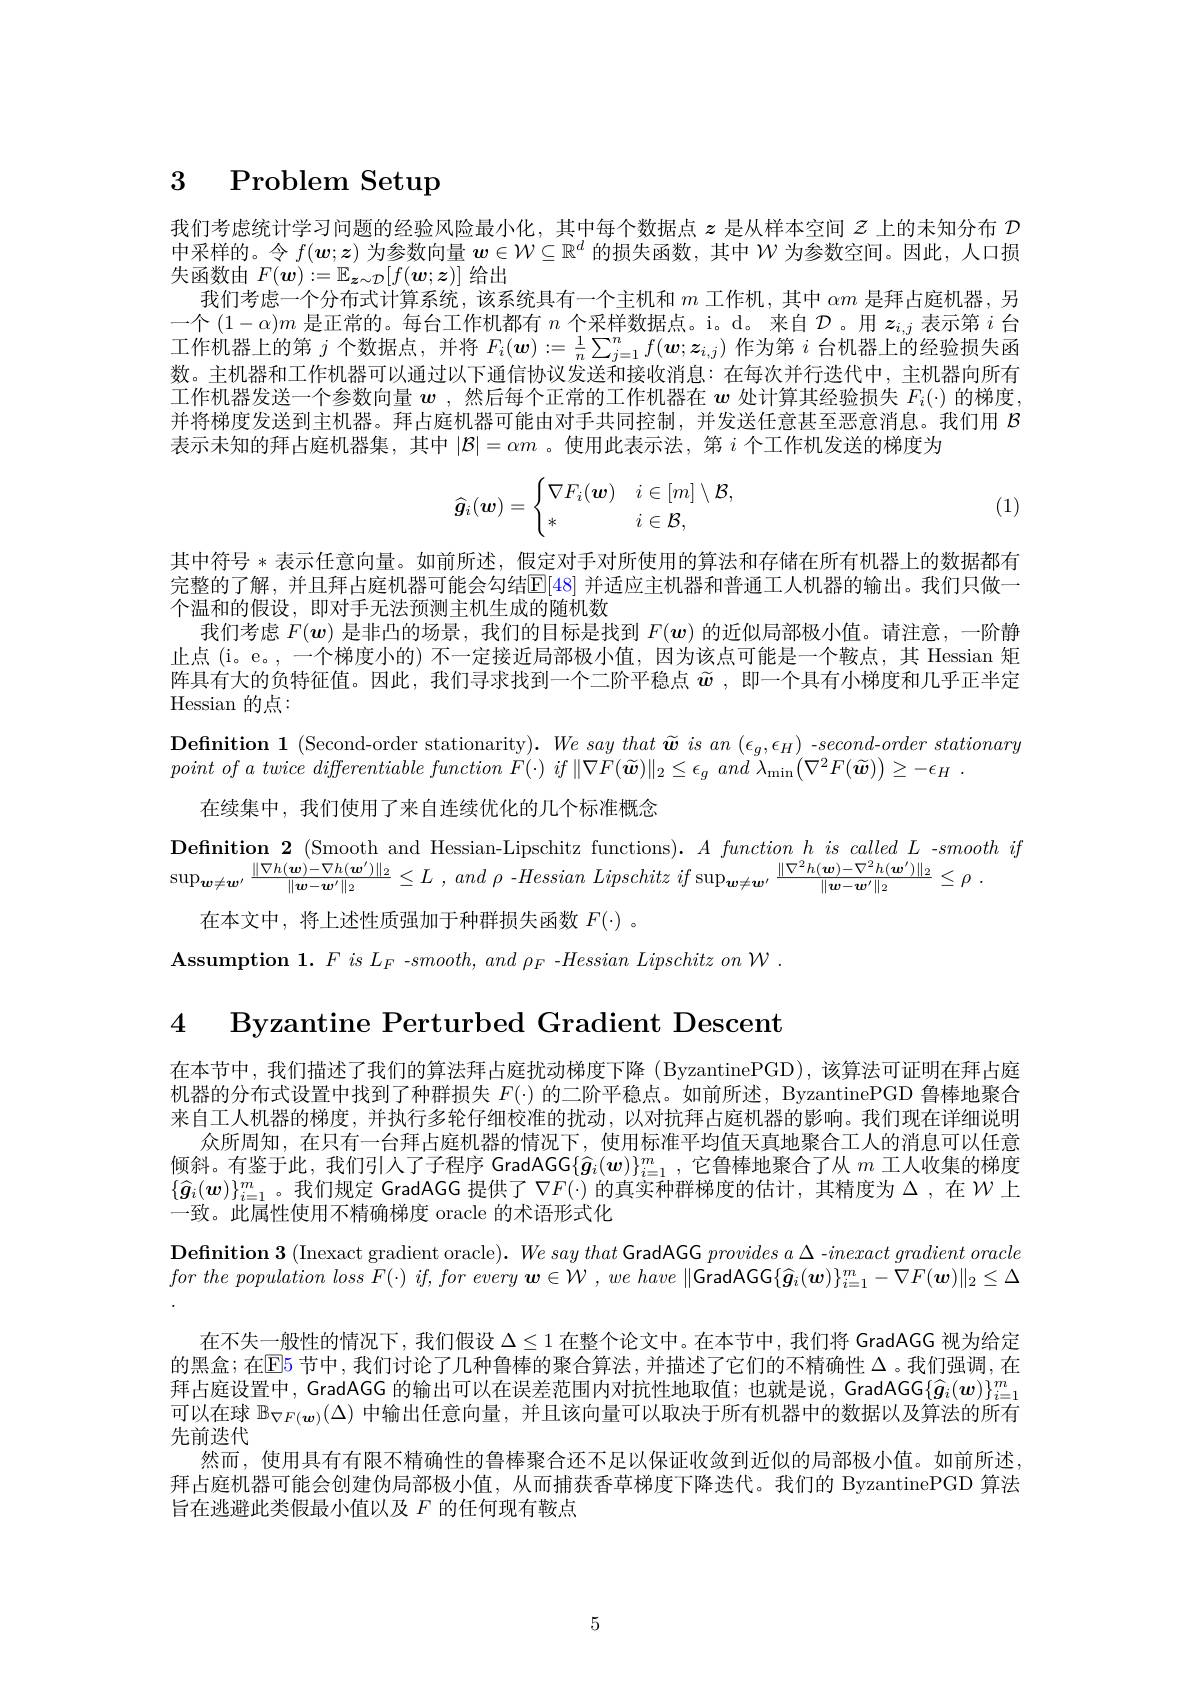
# 3 Problem Setup

我们考虑统计学习问题的经验风险最小化，其中每个数据点$z$是从样本空间$z$上的未知分布$\mathcal{D}$ 中采样的。令$f(\boldsymbol{w};\boldsymbol{z})$为参数向量$w\in\mathcal{W}\subseteq\mathbb{R}^d$的损失函数，其中$\mathcal{W}$为参数空间。因此，人口损失函数由$F(\boldsymbol w):=\mathbb{E}_{\boldsymbol{z}\sim\mathcal{D}}[f(\boldsymbol{w};z)]$给出
我们考虑一个分布式计算系统，该系统具有一个主机和$m$工作机，其中$\alpha m$是拜占庭机器，另一个$(1-\alpha)m$是正常的。每台工作机都有$n$个采样数据点。i。d。来自$\mathcal{D}$。用$z_i,j$表示第$i$台工作机器上的第$j$个数据点，并将$F_i(\boldsymbol{w}):=\frac1n\sum_{j=1}^nf(\boldsymbol{w};\boldsymbol{z}_{i,j})$作为第$i$台机器上的经验损失函数。主机器和工作机器可以通过以下通信协议发送和接收消息：在每次并行迭代中，主机器向所有工作机器发送一个参数向量$\boldsymbol{w}$ ,然后每个正常的工作机器在$\boldsymbol{w}$处计算其经验损失$F_i(\cdot)$的梯度， 并将梯度发送到主机器。拜占庭机器可能由对手共同控制，并发送任意甚至恶意消息。我们用$\mathcal{B}$ 表示未知的拜占庭机器集，其中$|\mathcal{B}|=\alpha m$ 。使用此表示法，第$i$个工作机发送的梯度为
$$\widehat{\boldsymbol g}_i(\boldsymbol w)=\begin{cases}\nabla F_i(\boldsymbol w)&i\in[m]\setminus\mathcal B,\\*&i\in\mathcal B,\end{cases}$$
(1)

其中符号*表示任意向量。如前所述，假定对手对所使用的算法和存储在所有机器上的数据都有完整的了解，并且拜占庭机器可能会勾结$\mathbb{E}[48]$ 并适应主机器和普通工人机器的输出。我们只做一个温和的假设，即对手无法预测主机生成的随机数
我们考虑$F(\boldsymbol{w})$是非凸的场景，我们的目标是找到$F(\boldsymbol{w})$的近似局部极小值。请注意，一阶静止点(i。e。,一个梯度小的) 不一定接近局部极小值，因为该点可能是一个鞍点，其 Hessian 矩阵具有大的负特征值。因此，我们寻求找到一个二阶平稳点$\widetilde{w}$ ,即一个具有小梯度和几乎正半定Hessian 的点：
$\textbf{Definition 1 ( Second- order stationarity) . }We$ say that $\widetilde{\boldsymbol{w}}$ $is$ $an$ $( \epsilon _{g}, \epsilon _{H})$ $- second$ $- order$ stationary
$point~of~a~twice~differentiable~function~F(\cdot)~if~\|\nabla F(\widetilde{\boldsymbol{w}})\|_{2}\leq\epsilon_{g}~and~\lambda_{\min}\left(\nabla^{2}F(\widetilde{\boldsymbol{w}})\right)\geq-\epsilon_{H}~.$
在续集中，我们使用了来自连续优化的几个标准概念
$\begin{array}{l}{\textbf{Definition 2 (Smooth and Hessian-Lipschitz functions).}A~function~h~is~called~L~-smooth~if}\\{\sup_{\boldsymbol{w}\neq\boldsymbol{w}^{\prime}}\frac{\|\nabla h(\boldsymbol{w})-\nabla h(\boldsymbol{w}^{\prime})\|_{2}}{\|\boldsymbol{w}-\boldsymbol{w}^{\prime}\|_{2}}\leq L~,~and~\rho~-Hessian~Lipschitz~if~sup_{\boldsymbol{w}\neq\boldsymbol{w}^{\prime}}~\frac{\|\nabla^{2}h(\boldsymbol{w})-\nabla^{2}h(\boldsymbol{w}^{\prime})\|$
在本文中，将上述性质强加于种群损失函数$F(\cdot)$ 。
$\textbf{Assumption 1. F }is$ $L_{F}$ -$smooth, and$ $\rho _{F}$ -Hessian Lipschitz $on$ $\mathcal{W}$ .

4 Byzantine Perturbed Gradient Descent

在本节中，我们描述了我们的算法拜占庭扰动梯度下降(ByzantinePGD),该算法可证明在拜占庭机器的分布式设置中找到了种群损失$F(\cdot)$的二阶平稳点。如前所述，ByzantinePGD 鲁棒地聚合来自工人机器的梯度，并执行多轮仔细校准的扰动，以对抗拜占庭机器的影响。我们现在详细说明
众所周知，在只有一台拜占庭机器的情况下，使用标准平均值天真地聚合工人的消息可以任意倾斜。有鉴于此，我们引人了子程序 GradAGG$\{\widehat{g}_i(w)\}_{i=1}^m$ ,它鲁棒地聚合了从$m$工人收集的梯度$\{\widehat{\boldsymbol{g}}_i(\boldsymbol{w})\}_{i=1}^m$。我们规定 GradAGG 提供了$\nabla F(\cdot)\bar\text{的真实种群梯度的估计，其精度为}\Delta$,在$\mathcal{W}$上一致。此属性使用不精确梯度 oracle 的术语形式化
$\textbf{Definition 3 }($Inexact gradient oracle$) . We\textit{say that GradAGG provides a }\Delta$ -$inexact\textit{ gradient oracle}$ for the population loss $F( \cdot )$ $if$, for every $\boldsymbol{w}\in \mathcal{W}$ , $we$ have $\|$GradAGG$\{\widehat{\boldsymbol{g}}_i(\boldsymbol{w})\}_i=1^m-\nabla F(\boldsymbol{w})\|_2\leq\Delta$
在不失一般性的情况下，我们假设$\Delta\leq1$在整个论文中。在本节中，我们将 GradAGG 视为给定的黑盒；在$\operatorname{EE}$5 节中，我们讨论了儿种鲁棒的聚合算法，并描述了它们的不精确性 $\Delta$ 。我们强调，在拜占庭设置中，GradAGG 的输出可以在误差范围内对抗性地取值；也就是说，GradAGG$\{\widehat{g}_i(w)\}_{i=1}^m$ 可以在球$\mathbb{B}_{\nabla F(\boldsymbol{w})}(\Delta)$中输出任意向量，并且该向量可以取决于所有机器中的数据以及算法的所有先前迭代
然而，使用具有有限不精确性的鲁棒聚合还不足以保证收敛到近似的局部极小值。如前所述， 拜占庭机器可能会创建伪局部极小值，从而捕获香草梯度下降迭代。我们的 ByzantinePGD 算法旨在逃避此类假最小值以及$F$的任何现有鞍点

5